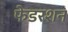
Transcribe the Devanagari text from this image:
फेडरशन